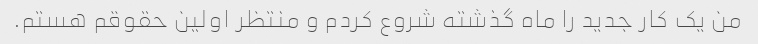
من یک کار جدید را ماه گذشته شروع کردم و منتظر اولین حقوقم هستم.